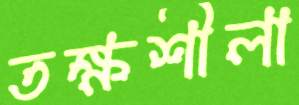
তক্ষশীলা